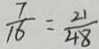
\frac { 7 } { 1 6 } = \frac { 2 1 } { 4 8 }